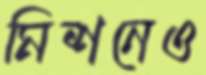
মিশনেও